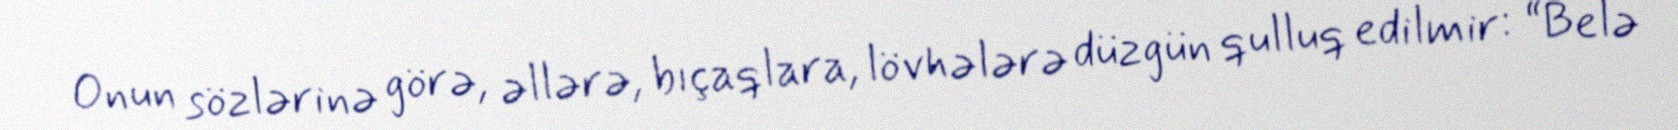
Onun sözlərinə görə, əllərə, bıçaqlara, lövhələrə düzgün qulluq edilmir: “Belə